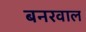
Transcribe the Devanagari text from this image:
बनरवाल